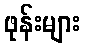
ဖုန်းများ